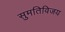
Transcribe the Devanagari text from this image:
सुमतिविजय